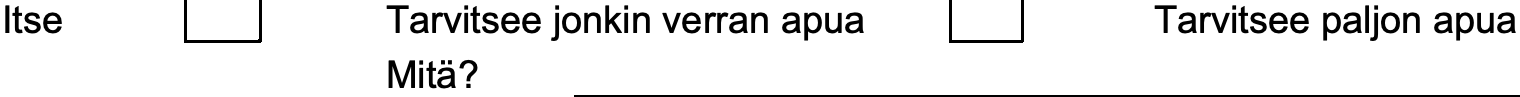
Itse         Tarvitsee jonkin verran apua Tarvitsee paljon apua Mitä?